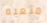
متعبه